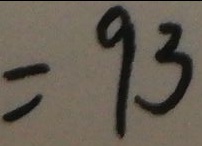
= 9 3